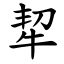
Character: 㸷